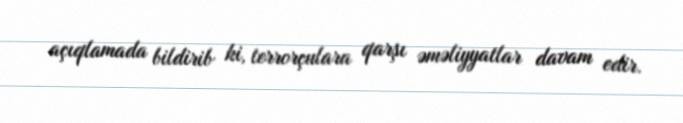
açıqlamada bildirib ki, terrorçulara qarşı əməliyyatlar davam edir.